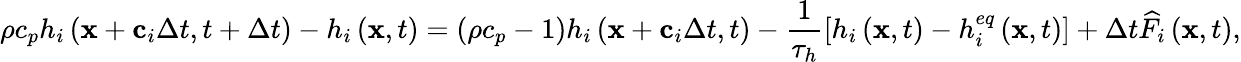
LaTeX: \rho{c_{p}}{h_{i}}\left({{\mathbf{x}}+{{\mathbf{c}}_{i}}\Delta t,t+\Delta t}\right)-{h_{i}}\left({{\mathbf{x}},t}\right)=\left({\rho{c_{p}}-1}\right){h_{i}}\left({{\mathbf{x}}+{{\mathbf{c}}_{i}}\Delta t,t}\right)-\frac{1}{{{\tau_{h}}}}\left[{{h_{i}}\left({{\mathbf{x}},t}\right)-h_{i}^{eq}\left({{\mathbf{x}},t}\right)}\right]+\Delta t{\widehat F_{i}}\left({{\mathbf{x}},t}\right),